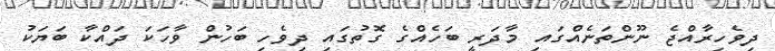
ދިވެހިރާއްޖެ ނޫންތަނެއްގައި މާދަރީ ބަހެއްގެ ގޮތުގައި ދިވެހި ބަހުން ވާހަކަ ދައްކާ ބަޔަކު